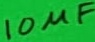
Text: 10µF